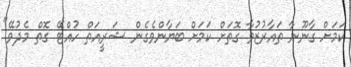
ކަމަށް ގާނޫނާ ތައާރުޒުވާ ގޮތަށް ކަމަށް ބަޔާންވެގެން ޝަރީއަތް ހުއްޓޭ ގޮތް މެދުވޭ"